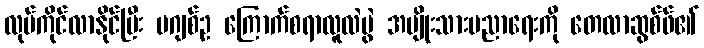
လုပ်ကိုင်လာနိုင်ပြီး မဂျစ်ဥ ကြောက်စရာလူလဲပွဲ အမျိုးသားပညာရေးကို တေလာဆွစ်ဖ်၏